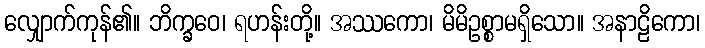
လျှောက်ကုန်၏။ ဘိက္ခဝေ၊ ရဟန်းတို့။ အဿကော၊ မိမိဥစ္စာမရှိသော။ အနာဠိကော၊